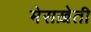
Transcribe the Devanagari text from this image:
मेसख़ेती